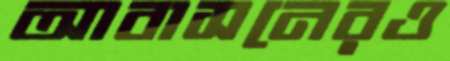
আবাসনেরও